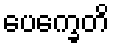
ပေက္ခေတိ